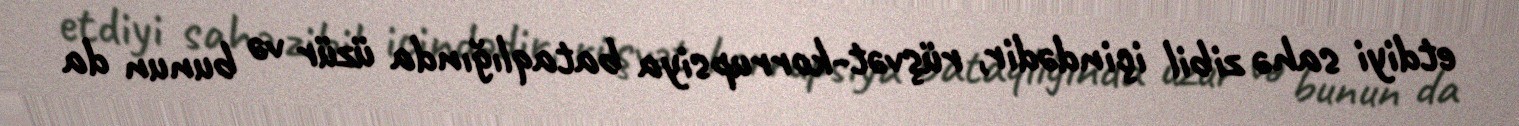
etdiyi sahə zibil içindədir, rüşvət-korrupsiya bataqlığında üzür və bunun da